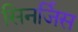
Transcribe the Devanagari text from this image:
सिनर्जिस